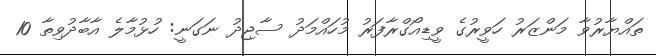
ތައްޔާރުވާ މަންޒަރު ހަވީރުގެ ވީޑިއޯގްރާފަރު މުހައްމަދު ސާޖިދު ނަގަނީ: ހުޅުމާލެ އާބާދުވިތާ 10